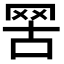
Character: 𦊟